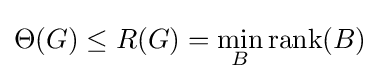
\Theta (G)\leq R(G)=\min _{B}\operatorname {rank} (B)